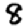
Digit: 8